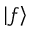
\left| f \right>